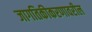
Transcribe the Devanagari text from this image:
जागतिकीकरणावरील